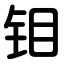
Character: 钼